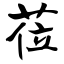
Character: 莅